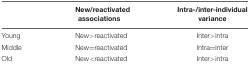
<table><thead><tr><td></td><td><b>New/reactivated associations</b></td><td><b>Intra-/inter-individual variance</b></td></tr></thead><tbody><tr><td>Young</td><td>New&gt;reactivated</td><td>Inter&gt;intra</td></tr><tr><td>Middle</td><td>New=reactivated</td><td>Intra=inter</td></tr><tr><td>Old</td><td>New&lt;reactivated</td><td>Inter&gt;intra</td></tr></tbody></table>